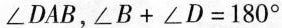
\angle DAB，$$\angle B+\angle D=180^{\circ}$$